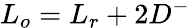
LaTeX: L_{o}=L_{r}+2D^{-}